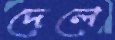
দেলে